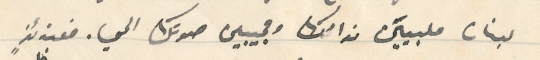
لبنان ملبييَن ندائك ومجيبين صوتك الحي. فعندئذٍ